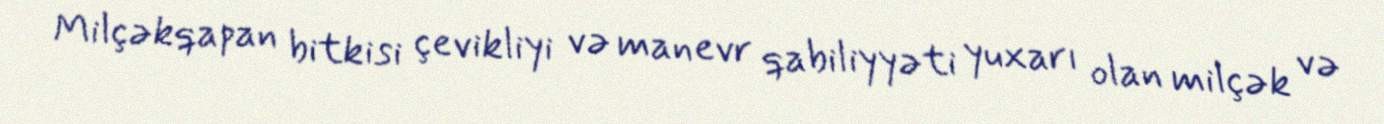
Milçəkqapan bitkisi çevikliyi və manevr qabiliyyəti yuxarı olan milçək və